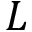
L